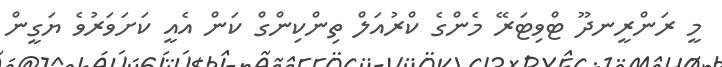
މީ ރަންރީނދޫ ޓްވިޓަރޭ މެންގެ ކްރުއަލް ތިންކިންގް ކަން އެއީ ކަށަވަރުވެ ޔަގީން